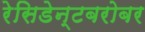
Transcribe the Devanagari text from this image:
रेसिडेन्टबरोबर